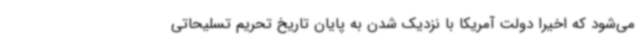
می‌شود که اخیرا دولت آمریکا با نزدیک شدن به پایان تاریخ تحریم تسلیحاتی